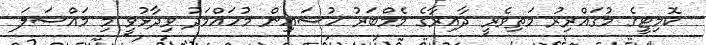
ކޮމިޓީގެ މުގައްރިރު މަތިވެރީ ދާއިރާގެ މެމްބަރު ހުސައިން މުހައްމަދު ވިދާޅުވީ މި މައްސަލަ